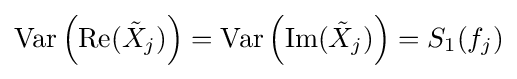
\operatorname {Var} \left(\operatorname {Re} ({\tilde {X}}_{j})\right)=\operatorname {Var} \left(\operatorname {Im} ({\tilde {X}}_{j})\right)=S_{1}(f_{j})